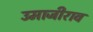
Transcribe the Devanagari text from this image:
उमाजीराव